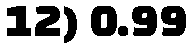
12) 0.99